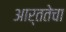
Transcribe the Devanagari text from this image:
आर्ततेचा